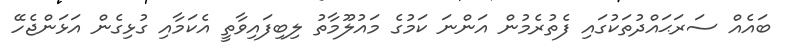
ބައެއް ސަރަޙައްދުތަކުގައި ފެތުރެމުން އަންނަ ކަމުގެ މައުލޫމާތު ލިބިފައިވާތީ އެކަމާއި ގުޅިގެން އަޅަންޖެހޭ